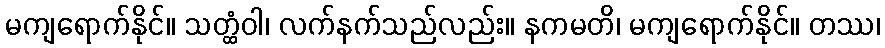
မကျရောက်နိုင်။ သတ္ထံဝါ၊ လက်နက်သည်လည်း။ နကမတိ၊ မကျရောက်နိုင်။ တဿ၊